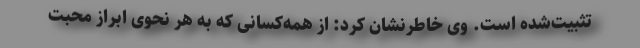
تثبیت‌شده است. وی خاطرنشان کرد: از همه‌کسانی که به هر نحوی ابراز محبت